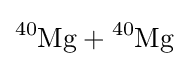
{\ce {^{40}Mg + ^{40}Mg}}